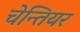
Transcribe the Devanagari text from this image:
चेन्तियर